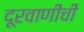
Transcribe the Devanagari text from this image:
दूरवाणीची